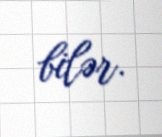
bilər.